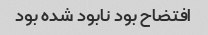
افتضاح بود نابود شده بود